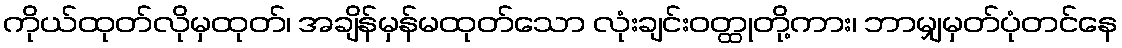
ကိုယ်ထုတ်လိုမှထုတ်၊ အချိန်မှန်မထုတ်သော လုံးချင်းဝတ္ထုတို့ကား၊ ဘာမျှမှတ်ပုံတင်နေ